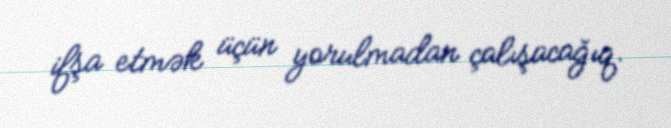
ifşa etmək üçün yorulmadan çalışacağıq.